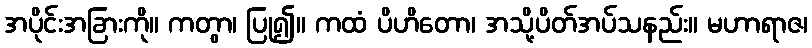
အပိုင်းအခြားကို။ ကတွာ၊ ပြု၍။ ကထံ ပိဟိတော၊ အသို့ပိတ်အပ်သနည်း။ မဟာရာဇ၊